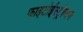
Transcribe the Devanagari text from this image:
फाइटोईस्ट्रोजन